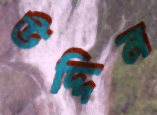
উদ্দিন